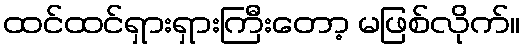
ထင်ထင်ရှားရှားကြီးတော့ မဖြစ်လိုက်။